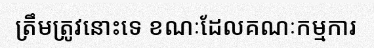
ត្រឹមត្រូវនោះទេ ខណៈដែលគណៈកម្មការ